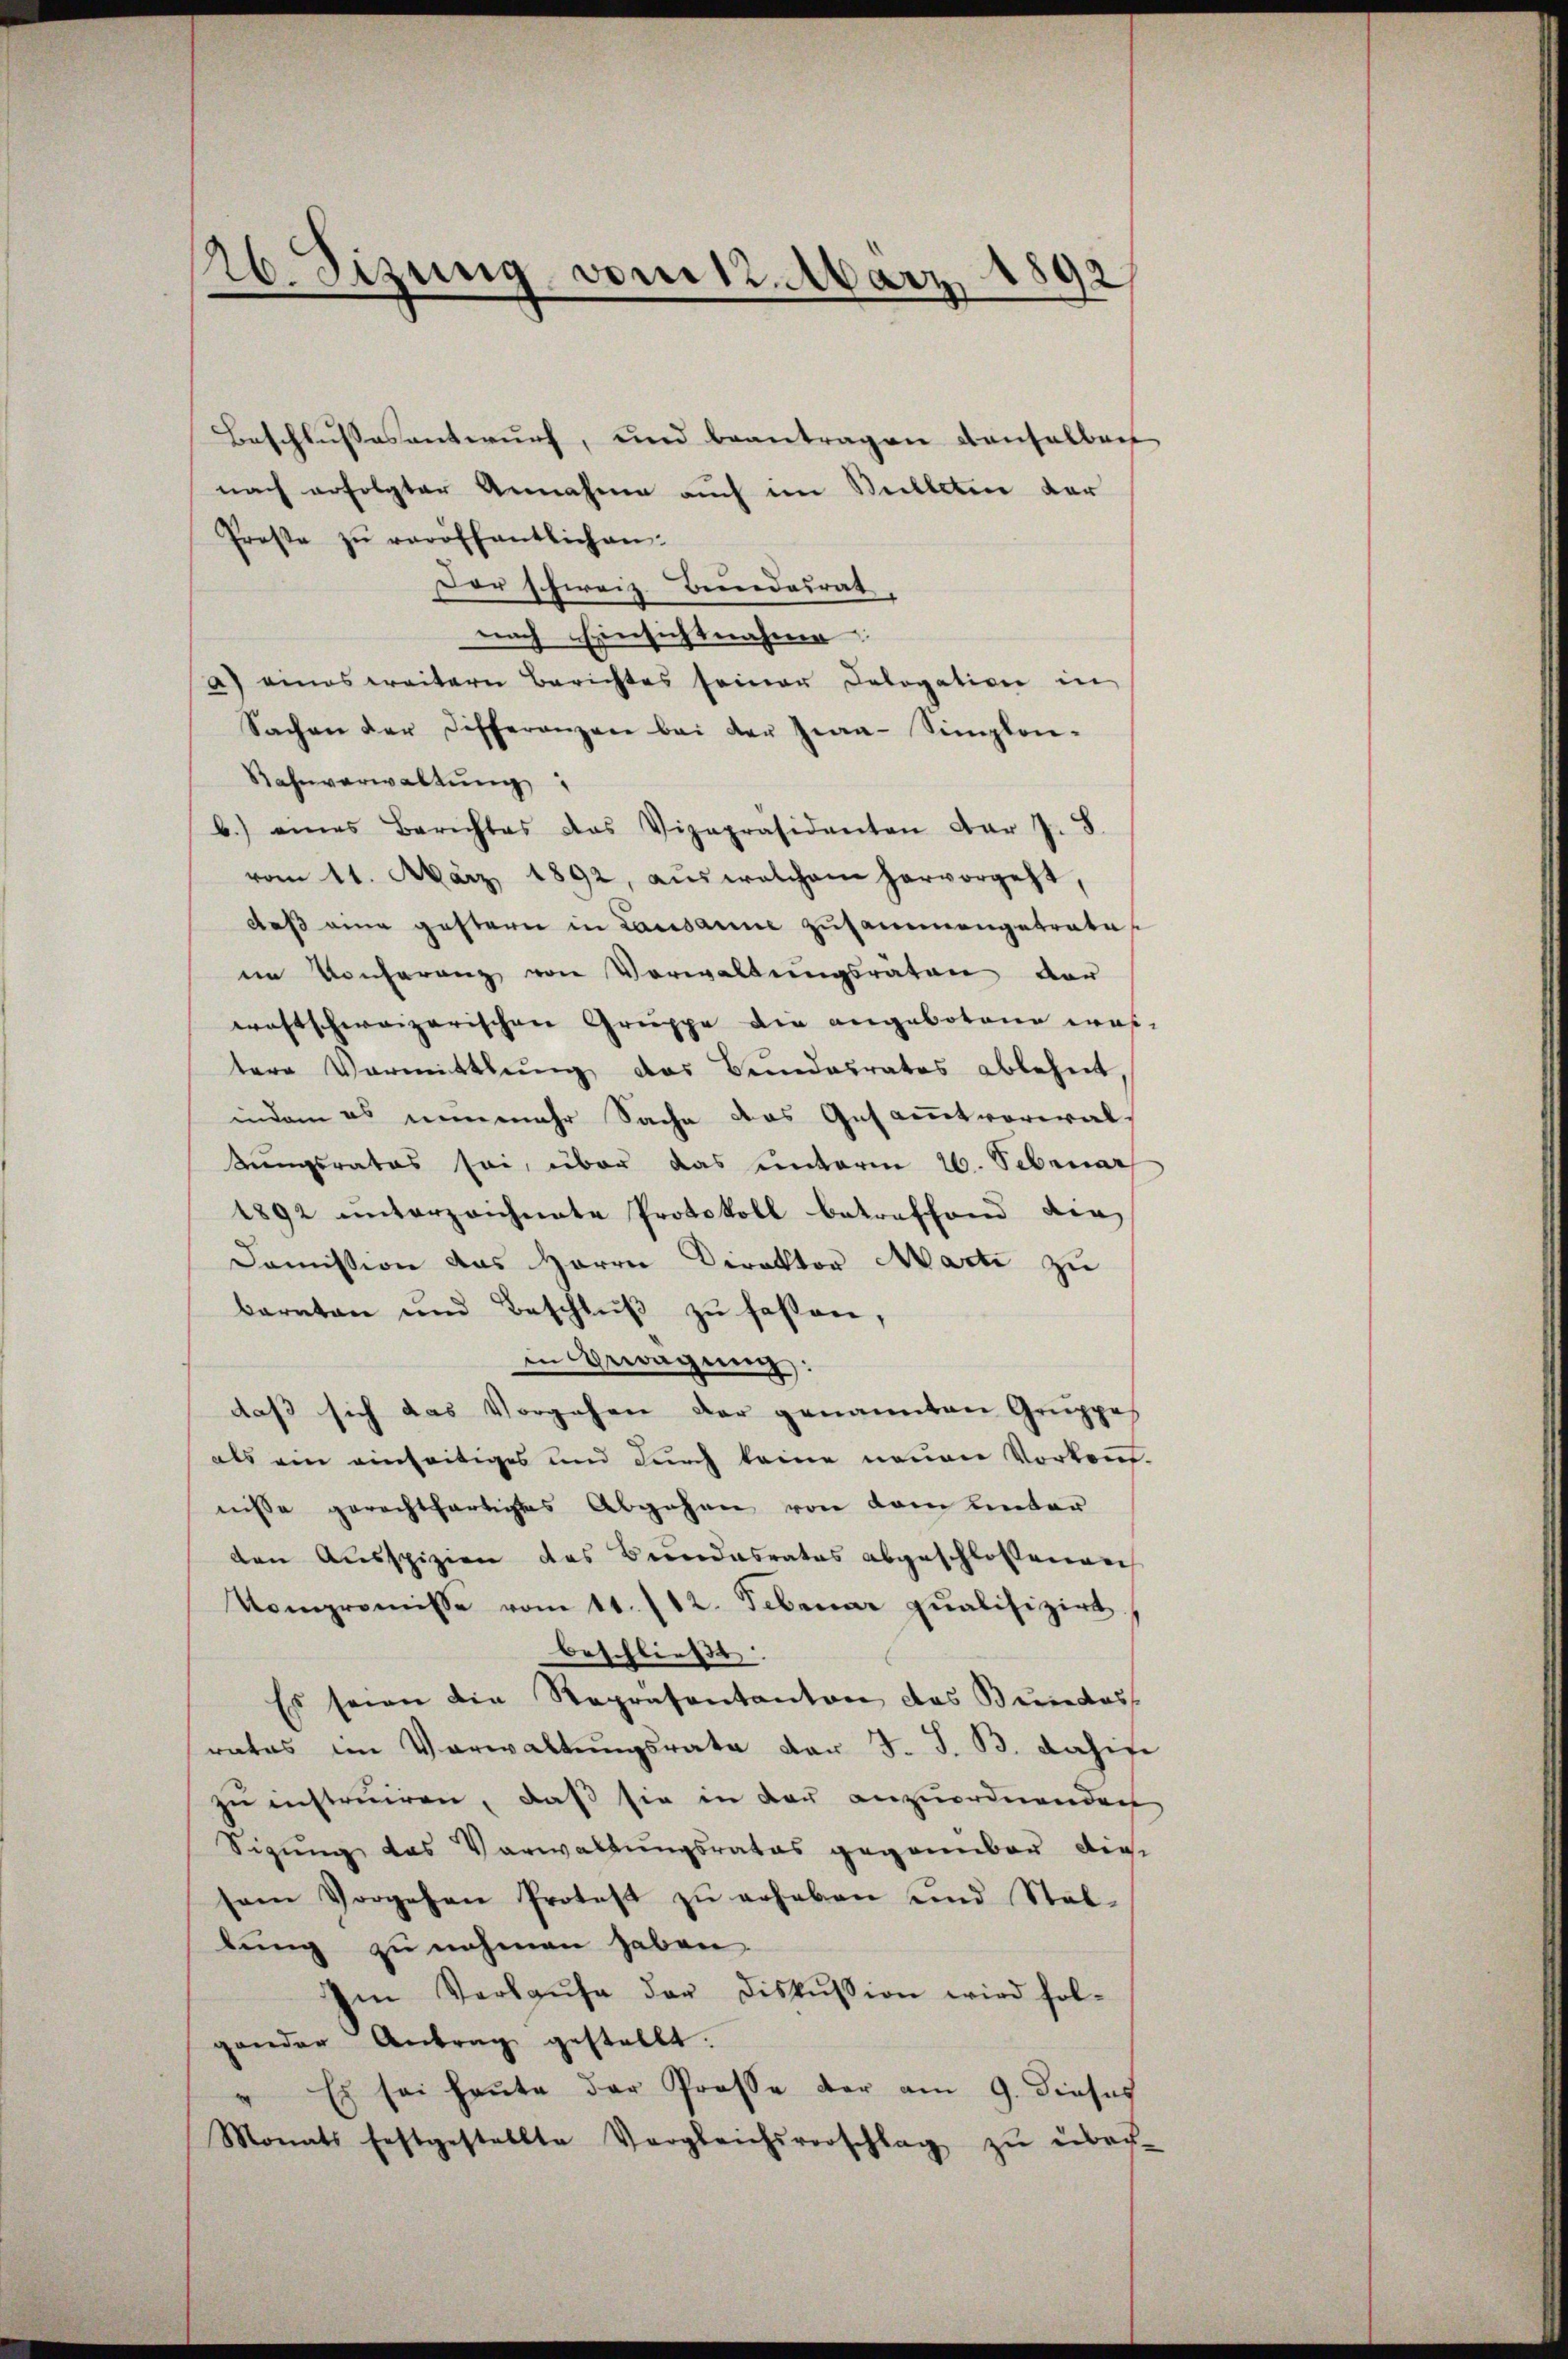
892
26. Sizung vom 12. März.
.

Beschlussesentwurf, und beantragen denselben
nach erfolgter Annahme auch im Stelleten der
Prose zŭ veröffentlichen:
Der schweiz Beendesrat
nach Einsichtnahme
a) eines weitern Berichtes seiner Dologation in
Sachen der Differanzen bei der Gra-Simplen-
Rahnverwaltŭng
b.) eines Berichtes das Vizepräsidenten dar J. S
vom 11. März 1892, aus welchem hervorgeht,
daß eine gestern in Lausanne zusammengetrate
im Konferenz von Vorwaltungsräten der
wastschweizerischen Gruppe die angebotene wastere Vormittlung das Bundesrates ablehnt,
indem es nunmehr Sache das Gesammtverwaltungsrates sei, über das unterm 26. Sebruar
1892 unterzeichnete Protokoll betreffend die
Domission das Herrn Direktor Marti zu
baraten und Beschlŭβ zŭ fassen,
in Gewächung:
daß sich das Vorgehen der genannten Gruppe
als ein einseitiges und durch keine neuen Vorkauf-
nisse gerechtfertigtes Abgehen von dem unter
den Ausspizien des Bundesrates abgeschlossenen
Vompromisse vom 11./12. Februar qualifizirt
beschließt
Es seien die Repräsentanton des Bundes
rates im Verwaltungsrata der J. J. B. dahife
zu instruiren, daß sie in der anzuordnenden
Sigung das Verwaltungsrates gegannbar die
sem Vorgehen Protest zŭ erheben und Stallung zu nehmen haben.
Im Verlaŭfe der Diskussion wird fol-
gander Antrag gestellt.
" Es sei heŭte der Prosse der am 9. dieses
Monats festgestellte Vergleichsvorschlag zu über-